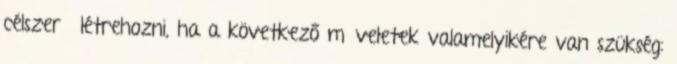
célszerű létrehozni, ha a következő műveletek valamelyikére van szükség: